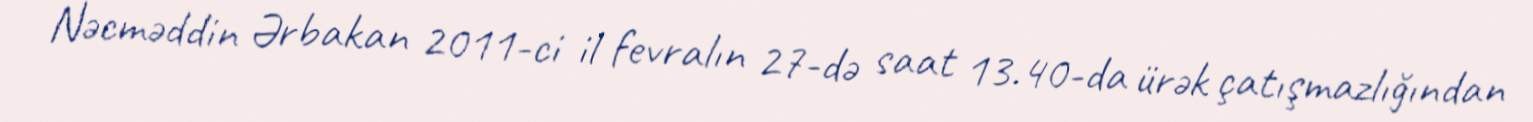
Nəcməddin Ərbakan 2011-ci il fevralın 27-də saat 13.40-da ürək çatışmazlığından